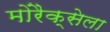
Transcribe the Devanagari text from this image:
मोरैक्सेला